画像に写った文字を読んでください
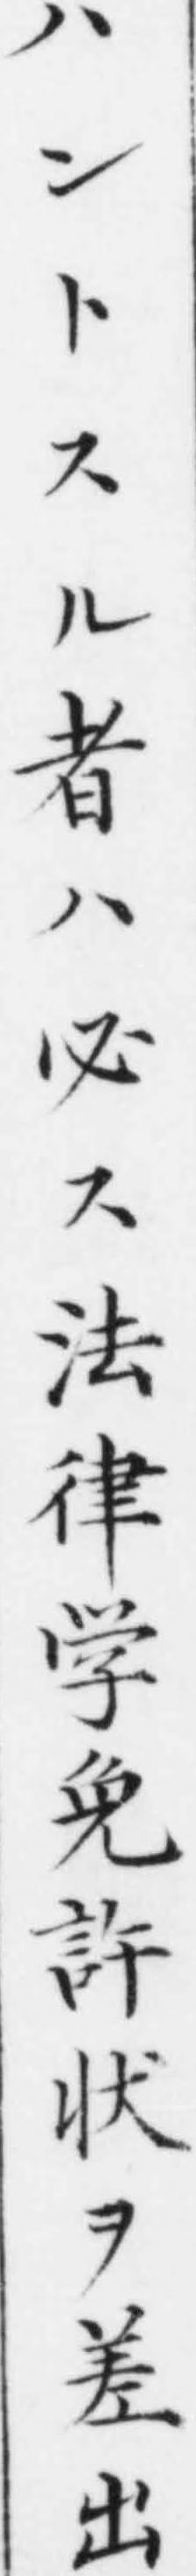
「ハントスル者ハ必ス法律学免許狀ヲ差出」と書いてあります